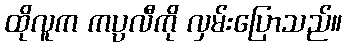
ထိုလူက ကပ္ပလီကို လှမ်းပြောသည်။